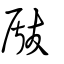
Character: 瞂